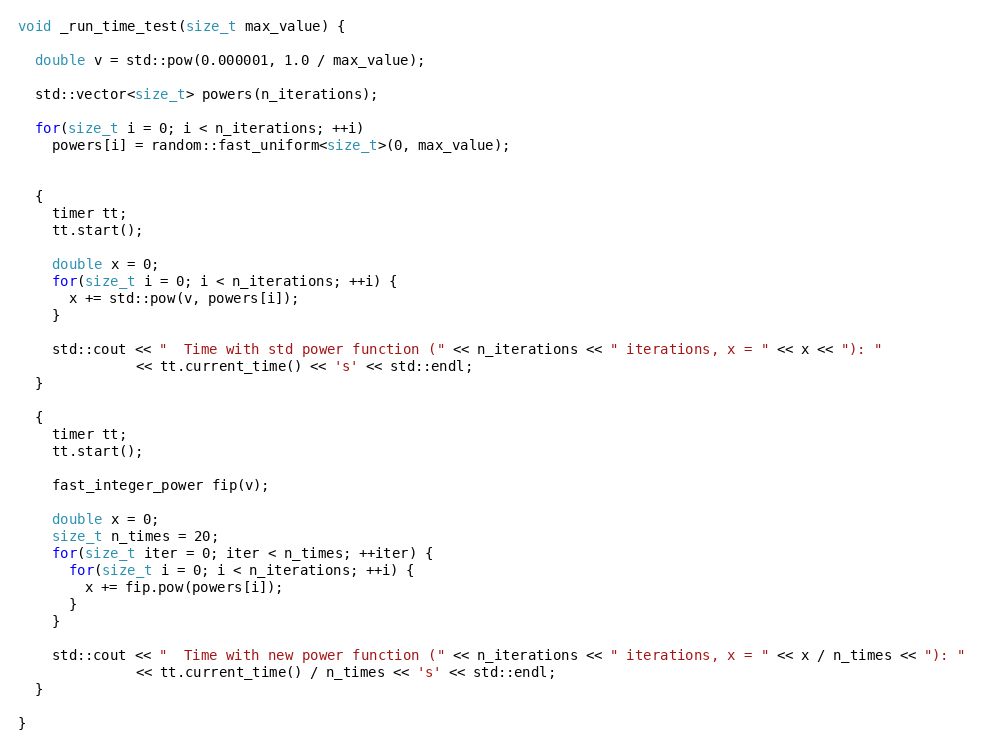
Language: C++
void _run_time_test(size_t max_value) {

  double v = std::pow(0.000001, 1.0 / max_value);

  std::vector<size_t> powers(n_iterations);

  for(size_t i = 0; i < n_iterations; ++i)
    powers[i] = random::fast_uniform<size_t>(0, max_value);

  {
    timer tt;
    tt.start();

    double x = 0;
    for(size_t i = 0; i < n_iterations; ++i) {
      x += std::pow(v, powers[i]);
    }

    std::cout << "  Time with std power function (" << n_iterations << " iterations, x = " << x << "): "
              << tt.current_time() << 's' << std::endl;
  }

  {
    timer tt;
    tt.start();

    fast_integer_power fip(v);

    double x = 0;
    size_t n_times = 20;
    for(size_t iter = 0; iter < n_times; ++iter) {
      for(size_t i = 0; i < n_iterations; ++i) {
        x += fip.pow(powers[i]);
      }
    }

    std::cout << "  Time with new power function (" << n_iterations << " iterations, x = " << x / n_times << "): "
              << tt.current_time() / n_times << 's' << std::endl;
  }

}